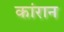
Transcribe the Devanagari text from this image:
कांरान